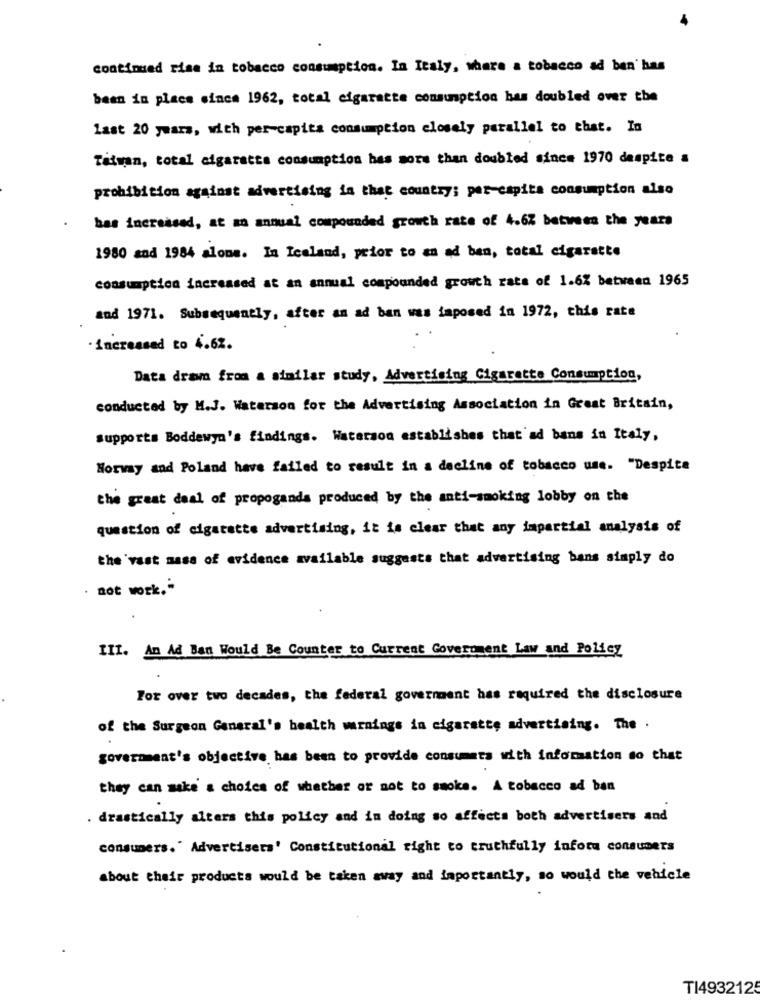
continued rise in tobacco consumption. In Italy, where a tobacco ad ben has
been in place since 1962, total cigarette consumption has doubled over the
last 20 years, with per-capita consumption closely parallel to that. In
Taiwan, total cigaretta consumption has more than doubled since 1970 despite a
prohibition against advertising in that country; per-capita consumption also
has increased, at an annual compounded growth rate of 4.67 between the years
1980 and 1984 alone. In Iceland, prior to an ad ben, total cigarette
consumption increased at an annual compounded growth rate of 1.6% between 1965
and 1971. Subsequently, after an ad ban was iaposed in 1972, this rate
·increased to 4.62.
Data dramma from a similar study, Advertising Cigarette Consumption,
conducted by M.J. Waterson for the Advertising Association in Great Britain,
supports Boddewyn's findings. Waterson establishes that ad bans in Italy,
Norway and Poland have failed to result in a decline of tobacco use. "Despite
the great deal of propoganda produced by the anti-smoking lobby on the
question of cigarette advertising, it is clear that any impartial analysis of
the vast mass of evidence available suggests that advertising bans simply do
not work. "
III. An Ad Ban Would Be Counter to Current Government Law and Policy
For over two decades, the federal government has required the disclosure
of the Surgeon General's health warnings in cigarette advertising. The .
government's objective has been to provide consumers with information so that
they can make' a choice of whether or not to smoke. A tobacco ad ban
. drastically alters this policy and in doing so affects both advertisers and
consumers. " Advertisers' Constitutional right to truthfully infota consumers
about their products would be taken away and importantly, so would the vehicle
TI4932125